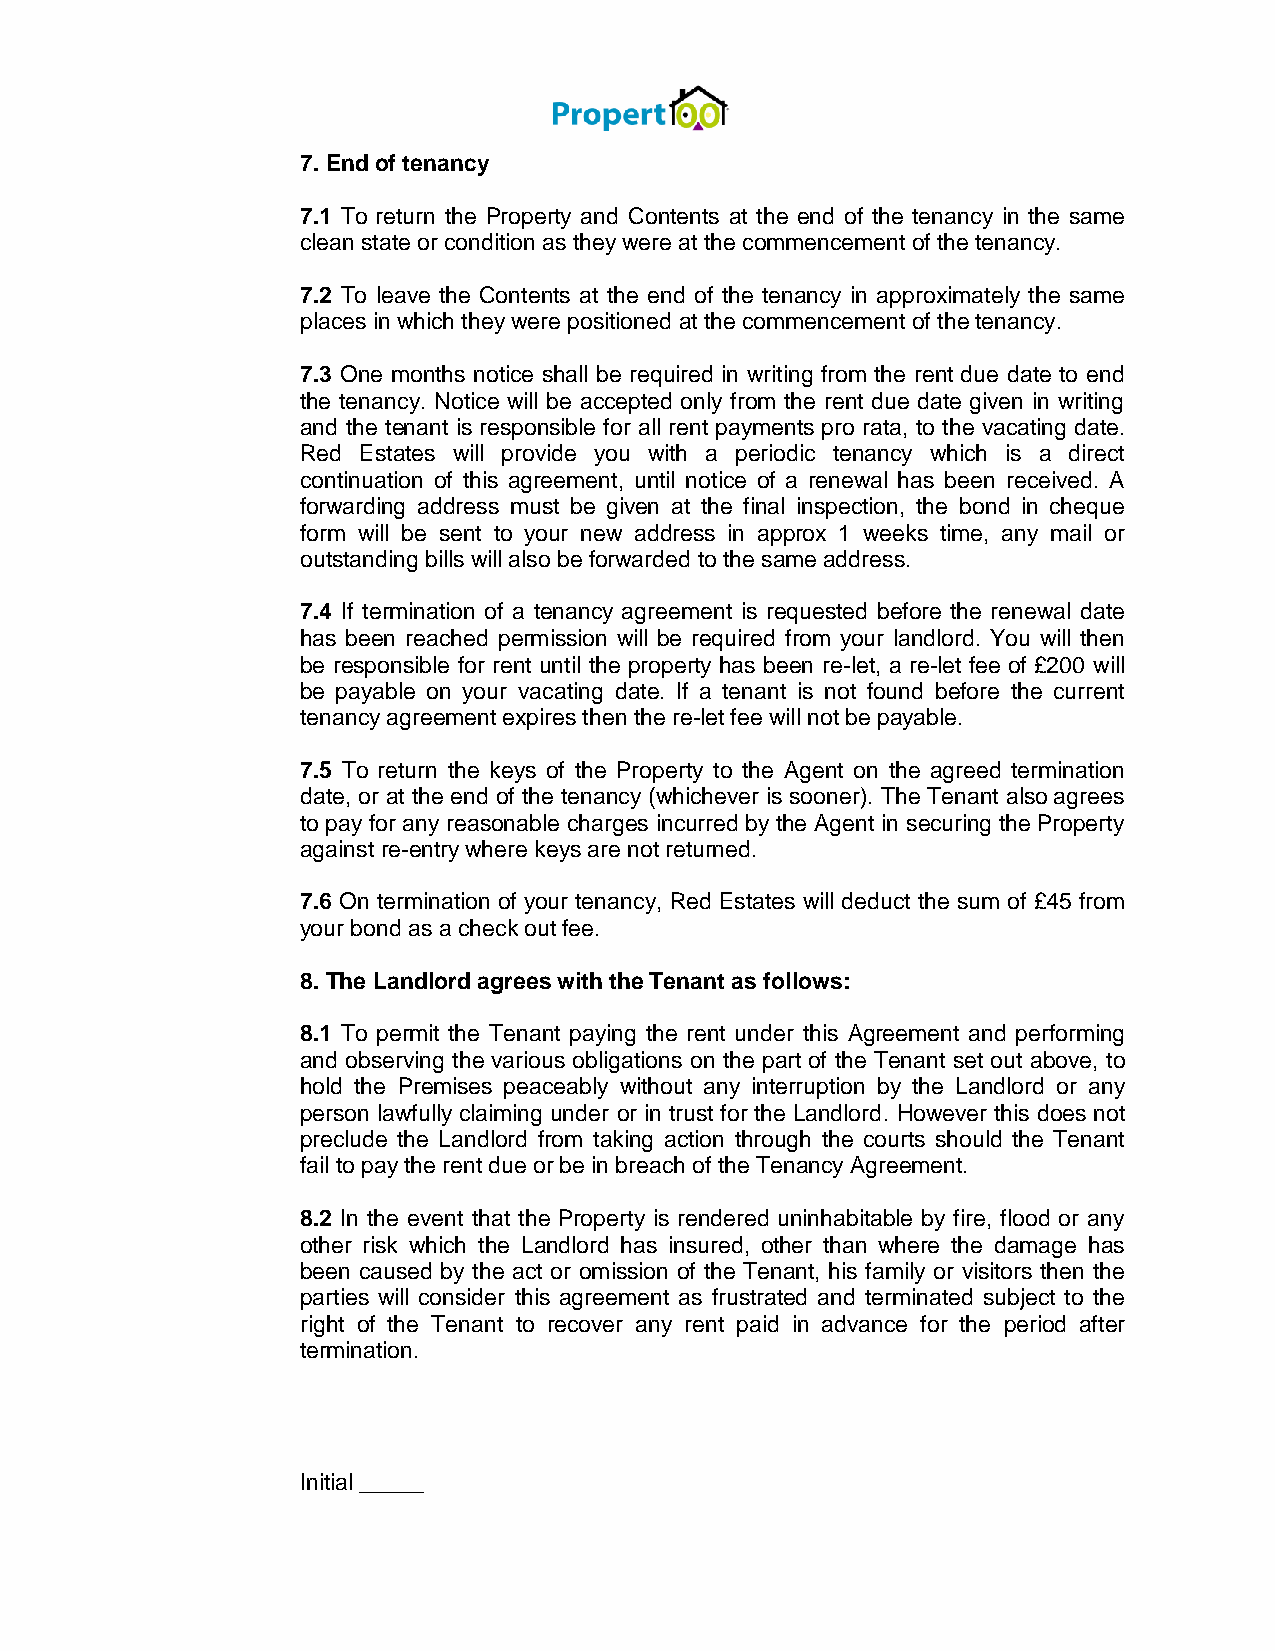
7. End of tenancy
 7.1 To return the Property and Contents at the end of the tenancy in the same
 clean state or condition as they were at the commencement of the tenancy.
 7.2 To leave the Contents at the end of the tenancy in approximately the same
 places in which they were positioned at the commencement of the tenancy.
 7.3 One months notice shall be required in writing from the rent due date to end
 the tenancy. Notice will be accepted only from the rent due date given in writing
 and the tenant is responsible for all rent payments pro rata, to the vacating date.
 Red Estates will provide you with a periodic tenancy which is a direct
 continuation of this agreement, until notice of a renewal has been received. A
 forwarding address must be given at the final inspection, the bond in cheque
 form will be sent to your new address in approx 1 weeks time, any mail or
 outstanding bills will also be forwarded to the same address.
 7.4 If termination of a tenancy agreement is requested before the renewal date
 has been reached permission will be required from your landlord. You will then
 be responsible for rent until the property has been re-let, a re-let fee of £200 will
 be payable on your vacating date. If a tenant is not found before the current
 tenancy agreement expires then the re-let fee will not be payable.
 7.5 To return the keys of the Property to the Agent on the agreed termination
 date, or at the end of the tenancy (whichever is sooner). The Tenant also agrees
 to pay for any reasonable charges incurred by the Agent in securing the Property
 against re-entry where keys are not returned.
 7.6 On termination of your tenancy, Red Estates will deduct the sum of £45 from
 your bond as a check out fee.
 8. The Landlord agrees with the Tenant as follows:
 8.1 To permit the Tenant paying the rent under this Agreement and performing
 and observing the various obligations on the part of the Tenant set out above, to
 hold the Premises peaceably without any interruption by the Landlord or any
 person lawfully claiming under or in trust for the Landlord. However this does not
 preclude the Landlord from taking action through the courts should the Tenant
 fail to pay the rent due or be in breach of the Tenancy Agreement.
 8.2 In the event that the Property is rendered uninhabitable by fire, flood or any
 other risk which the Landlord has insured, other than where the damage has
 been caused by the act or omission of the Tenant, his family or visitors then the
 parties will consider this agreement as frustrated and terminated subject to the
 right of the Tenant to recover any rent paid in advance for the period after
 termination.
 Initial _____